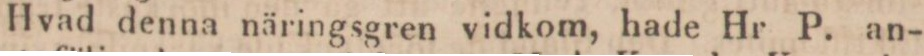
Hvad denna näringsgren vidkom, hade Hr P. an-